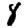
Digit: 8